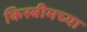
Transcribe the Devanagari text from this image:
किस्त्रीमच्या